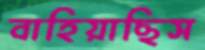
বাহিয়াছিস